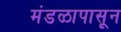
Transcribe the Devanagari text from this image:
मंडळापासून